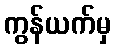
ကွန်ယက်မှ